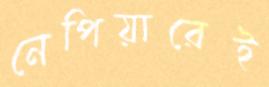
নেপিয়ারেই